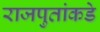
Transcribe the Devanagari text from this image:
राजपुतांकडे